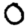
Digit: 0